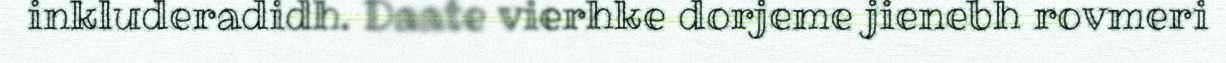
inkluderadidh. Daate vierhke dorjeme jienebh rovmeri